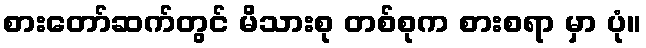
စားတော်ဆက်တွင် မိသားစု တစ်စုက စားစရာ မှာ ပုံ။